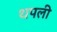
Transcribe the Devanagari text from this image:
थपली